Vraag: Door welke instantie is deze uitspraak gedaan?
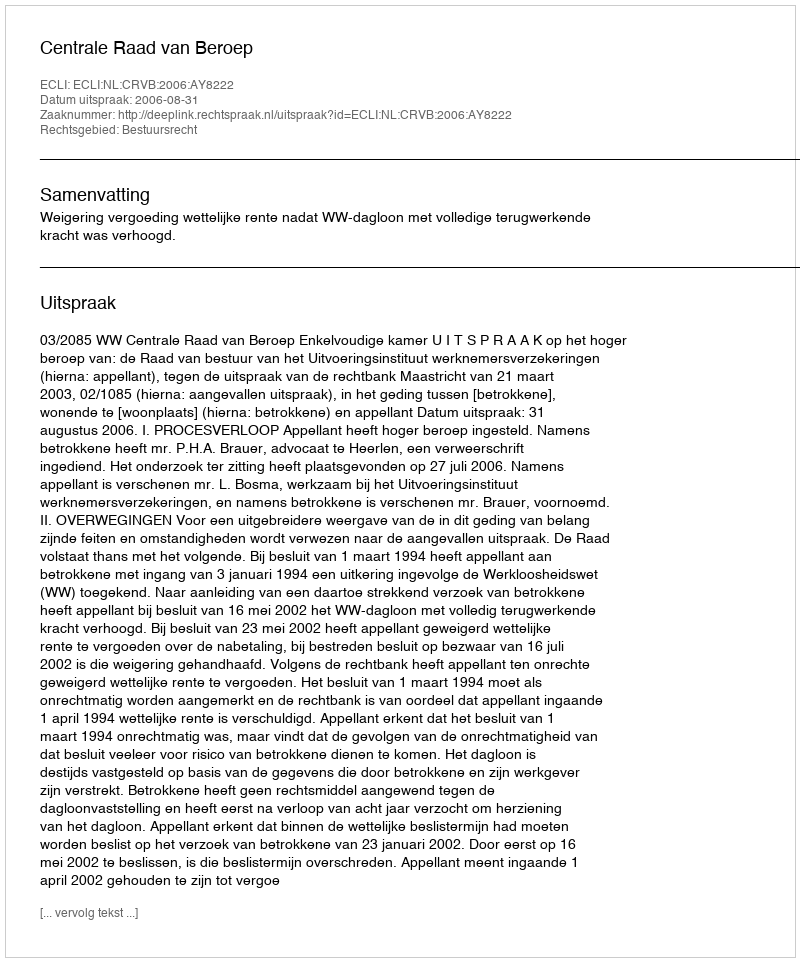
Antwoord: Centrale Raad van Beroep